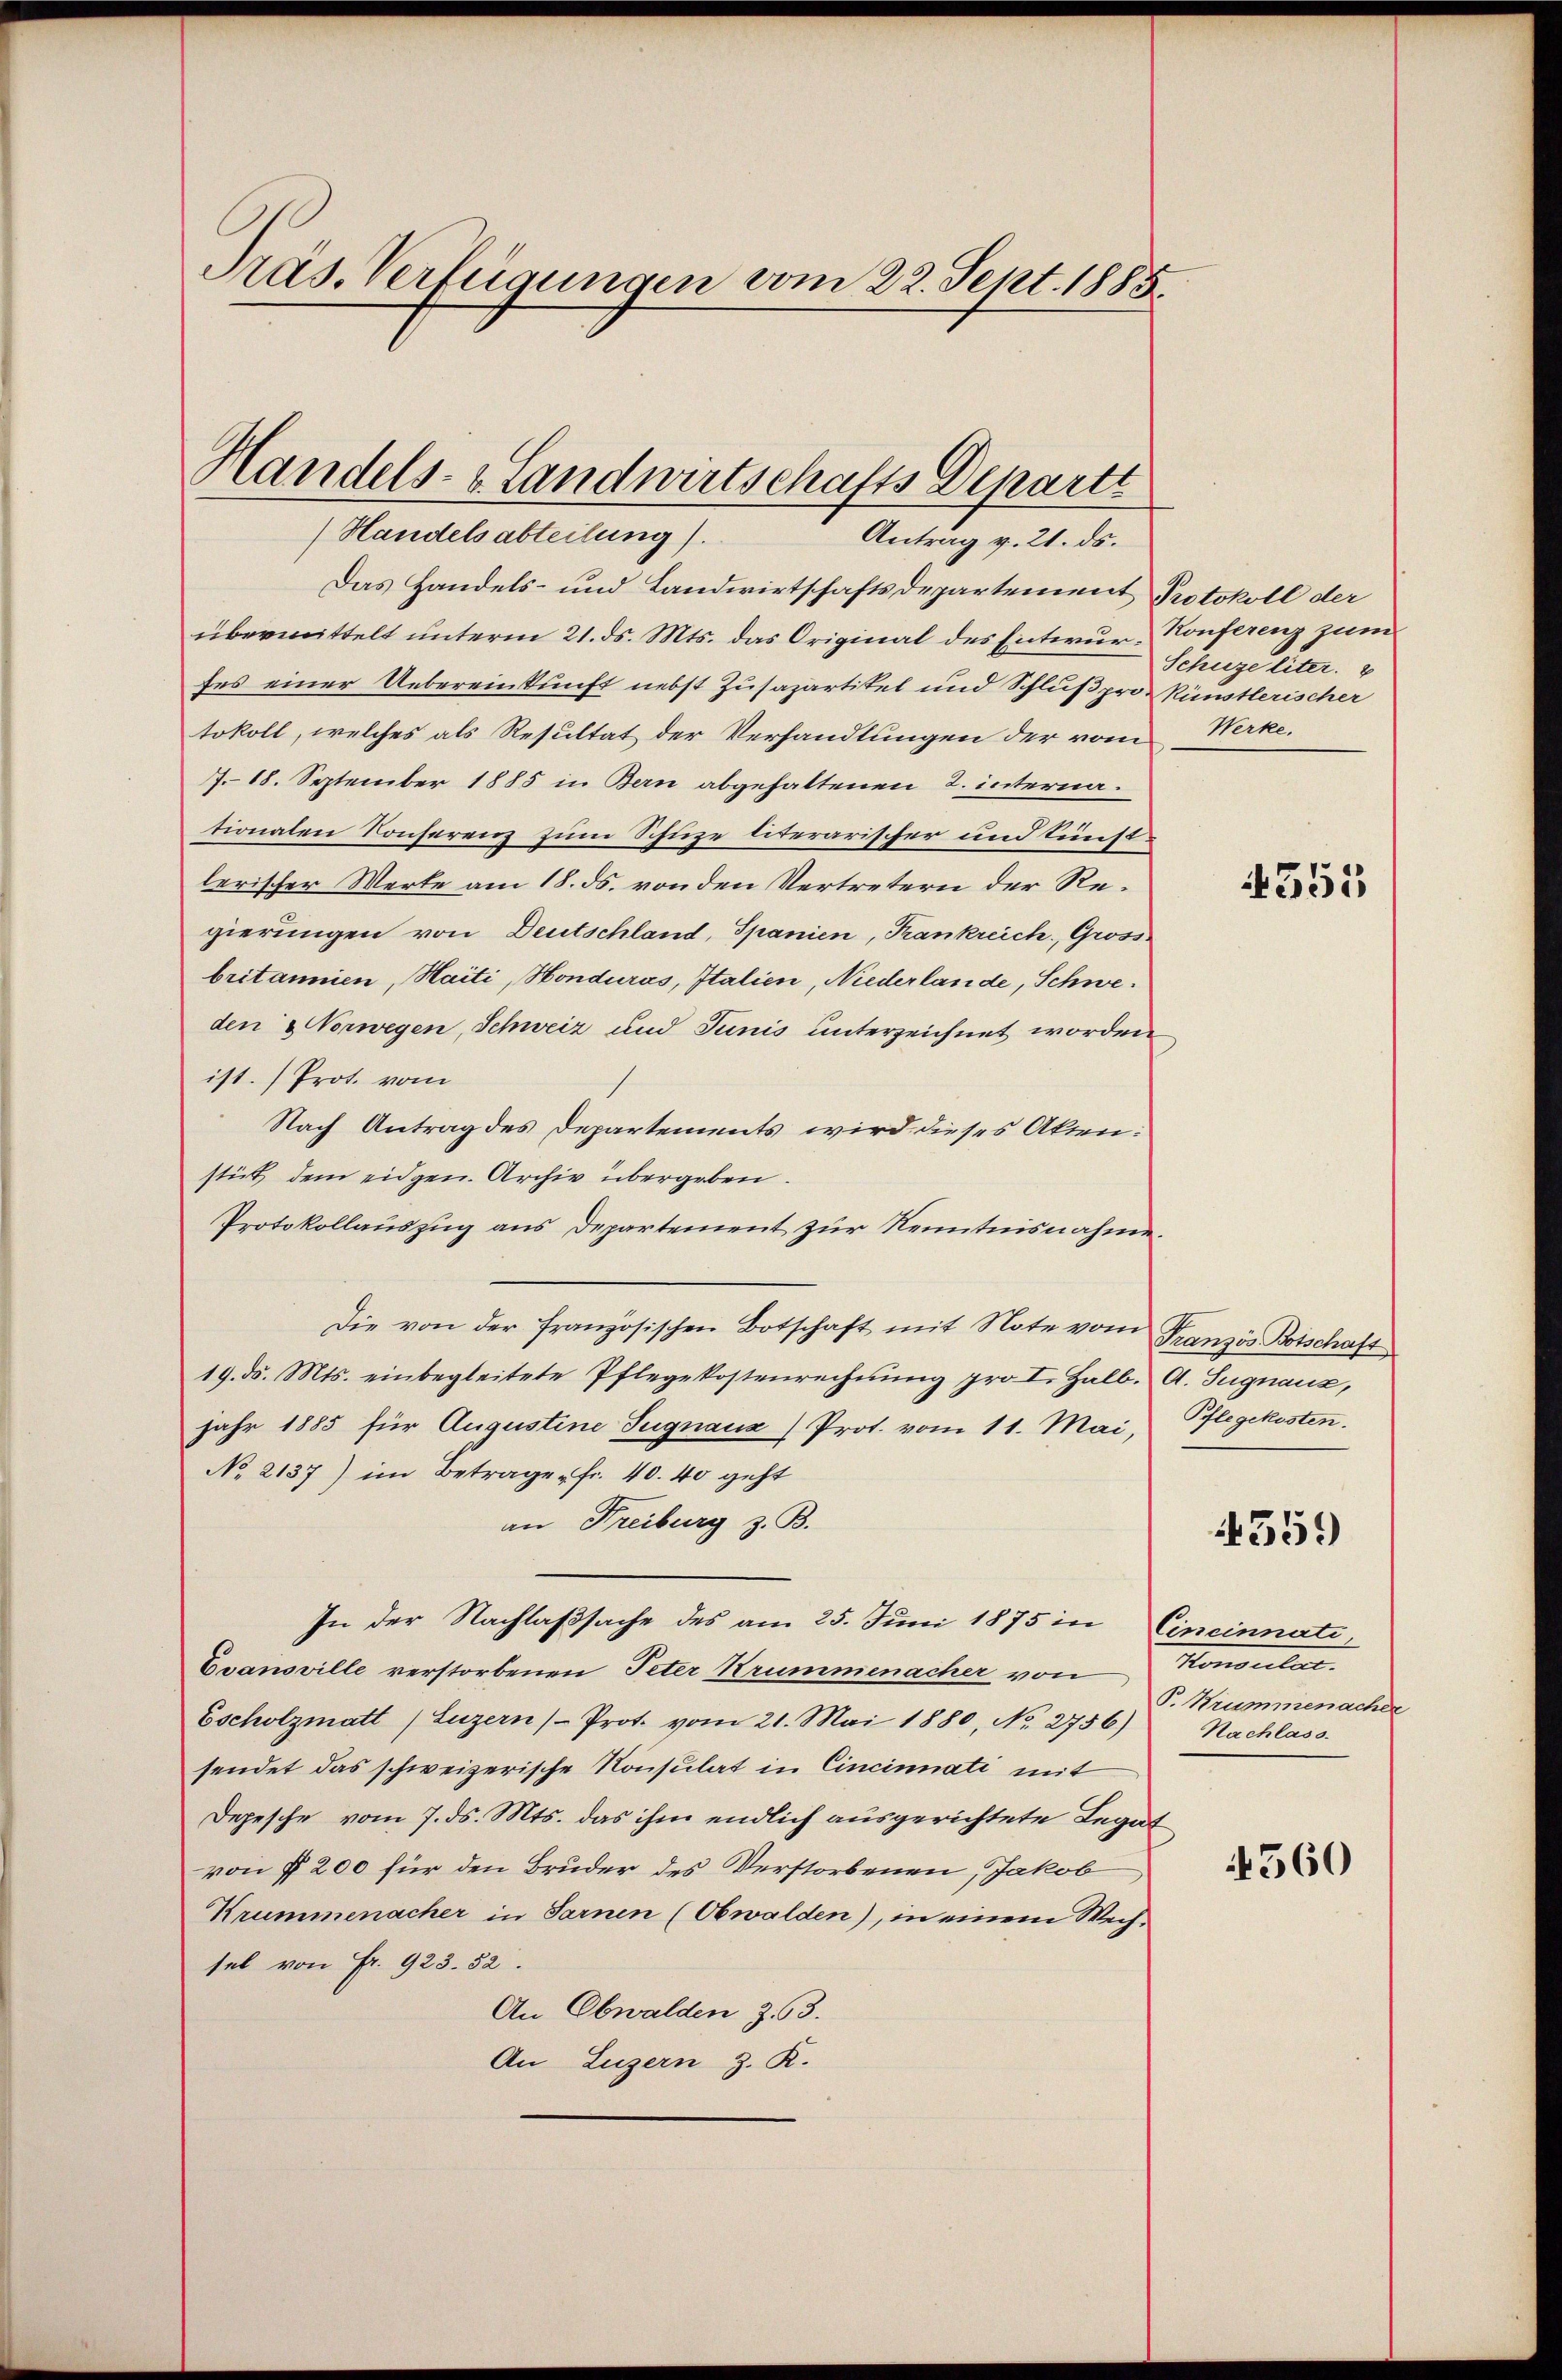
Präs. Verfügungen vom 22. Sept. 1885

Handels- & Landwirtschafts Departt
(Handelsabteilung).
Antrag v. 21. ds.

Das Handels- und Landwirtschaftsdepartement Protokoll der
übermittelt unterm 21. ds. Mts. das Original des Entwur-Konferenz zum
fes einer Uebereinkunft nebst Zusapartitel und Schluß pro Künstlerischer
tokoll, welches als Resultat der Verhandlungen der vom Werke.
J. 18. September 1885 in Bern abgehaltenen 2. internationalen Konserenz zum Schuze niderarischer und künstlerischer Werte am 18. ds. von den Vertretern der Regierungen von Deutschland, Spanien, Frankreich, Gross.
britannien, Haiti, Honduras, Italien, Niederlande, Schweden Norwegen, Schweiz und Junis unterzeichnet worden
ist. Prot. vom
Nach Antrag des Departements wird dieses Aktenstät dem eidgen. Archiv übergeben.
Protokollauszug aus Departement zur Kenntnisnahme.
Die von der französischen Botschaft mit Note vom Französ. Botschaft
19. d. Mts. einbegleitete Pflegekostenrechnŭng pro I. Halb. A. Signauz,
jahr 1885 für Augustine Sugnaux) Prot. vom 11. Mai, Pflegekosten.
No 2137) im Betrage fr. 40. 40 geht
an Freiburg z. B.
In der Nachlaßsache des am 25. Juni 1875 in Cincinnati
Evansville verstorbenen Peter Krummenacher von
Gscholzmatt (Luzern Prot. vom 21. Mai 1880, No. 2756) Nachlass
sendet das schweizerische Konsulat in Cincinati mit
Depesche vom 7. ds. Mts. das ihm endlich ausgerichtete Legat
von § 200 für den Bruder des Verstorbenen, Jakob
Krummenacher in Sarnen (Obwalden), in einem Wechsel von Fr. 923. 52.
An Obwalden Z. 63.
An Luzern z. R.

Schuze liter.

4553

4559)

Monseitet.
P. Nummenacher

4360